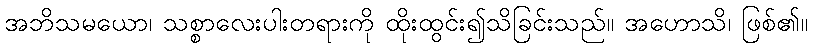
အဘိသမယော၊ သစ္စာလေးပါးတရားကို ထိုးထွင်း၍သိခြင်းသည်။ အဟောသိ၊ ဖြစ်၏။